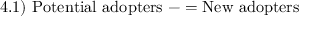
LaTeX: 4 . 1 ) \ { \mathrm { P o t e n t i a l ~ a d o p t e r s } } \ - = { \mathrm { N e w ~ a d o p t e r s ~ } }